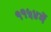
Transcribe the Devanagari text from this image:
११५४में